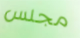
مجلس